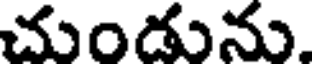
చుండును.